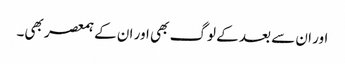
اور ان سے بعد کے لوگ بھی اور ان کے ہمعصر بھی۔